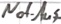
Text: Not-Aus